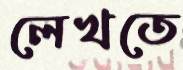
লেখতে